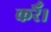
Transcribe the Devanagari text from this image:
करेँ।